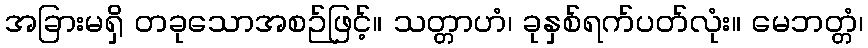
အခြားမရှိ တခုသောအစဉ်ဖြင့်။ သတ္တာဟံ၊ ခုနှစ်ရက်ပတ်လုံး။ မေဘတ္တံ၊